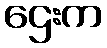
ဌေးက